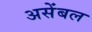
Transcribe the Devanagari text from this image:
असेंबल